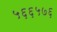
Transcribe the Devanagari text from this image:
५६६५७६